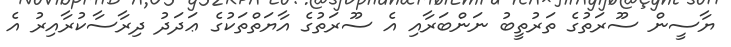
ޔާސީން ސޫރަތުގެ ތަރުތީބު ނަންބަރާއި އެ ސޫރަތުގެ އާޔަތްތަކުގެ ޢަދަދު ދިރާސާކުރާއިރު އެ